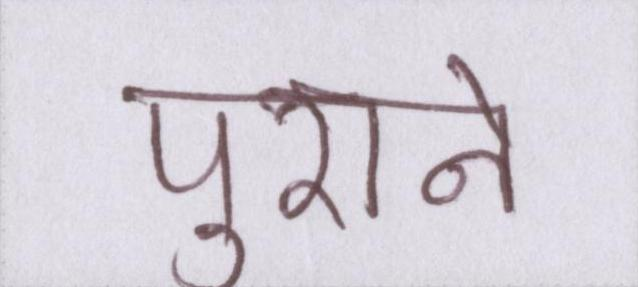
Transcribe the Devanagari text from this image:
पुराने